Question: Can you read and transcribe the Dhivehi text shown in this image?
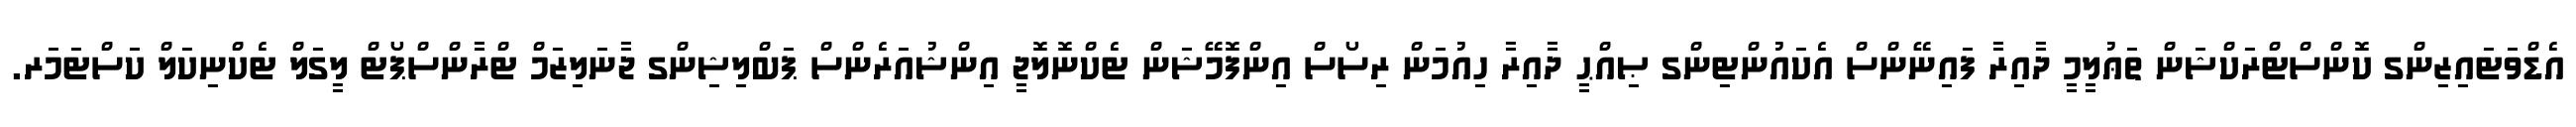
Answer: އެޑްވަޓައިޒިންގ ކޮންސްޓްރަކްޝަން ތަޢުލީމީ ދާއިރާ ފައިނޭންސް އެކައުންޓިންގ ޞިއްޙީ ދާއިރާ ހިއުމަން ރިސޯސް އިންފޮމޭޝަން ޓެކްނޮލޮޖީ އިންޝުއަރެންސް ޕަބްލިޝިންގ ޖާނަލިޒަމް ޓްރާންސްޕޯޓް ލީގަލް ޓެކްނިކަލް ކަސްޓަމަރ.